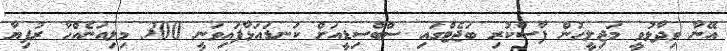
އޭނާ ވިދާޅުވީ މަޖިލީހުން ފާސްކުރި ބަޖެޓްގައި ސްބްސިޑީއަށް ކަނޑައަޅާފައިވަނީ 300 މިލިއަނެއްހާ ރުފިޔާ